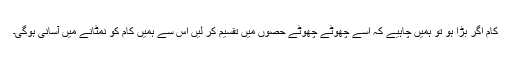
کام اگر بڑا ہو تو ہمیں چاہیے کہ اُسے چھوٹے چھوٹے حصوں میں تقسیم کر لیں اس سے ہمیں کام کو نمٹانے میں آسانی ہوگی۔